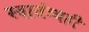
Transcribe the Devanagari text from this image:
स्वातंत्र्यही